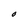
Character: O